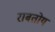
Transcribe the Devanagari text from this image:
राबतोय